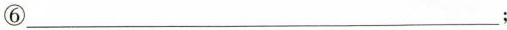
⑥___；